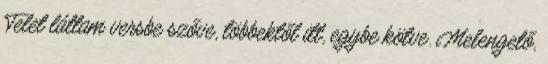
Telet láttam versbe szőve, többektől itt, egybe kötve. Melengető,